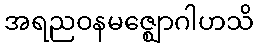
အရညဝနမဇ္ဈောဂါဟသိ